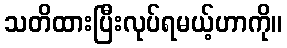
သတိထားပြီးလုပ်ရမယ့်ဟာကို။